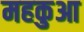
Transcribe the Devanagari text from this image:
महकुआ